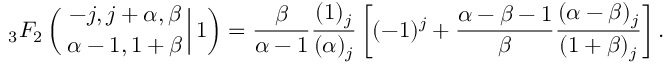
{ _ 3 F _ { 2 } } \left( \left. { - j , j + \alpha , \beta \atop \alpha - 1 , 1 + \beta } \right| 1 \right) = \frac { \beta } { \alpha - 1 } \frac { ( 1 ) _ { j } } { ( \alpha ) _ { j } } \left[ ( - 1 ) ^ { j } + \frac { \alpha - \beta - 1 } { \beta } \frac { ( \alpha - \beta ) _ { j } } { ( 1 + \beta ) _ { j } } \right] .